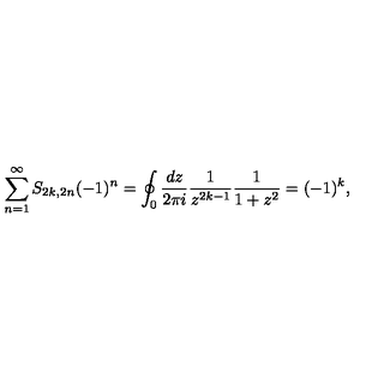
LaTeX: \sum _ { n = 1 } ^ { \infty } S _ { 2 k , 2 n } ( - 1 ) ^ { n } = \oint _ { 0 } { \frac { d z } { 2 \pi i } } { \frac { 1 } { z ^ { 2 k - 1 } } } { \frac { 1 } { 1 + z ^ { 2 } } } = ( - 1 ) ^ { k } ,